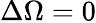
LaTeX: \Delta\Omega=0